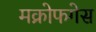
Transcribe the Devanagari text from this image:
मक्रोफगेस